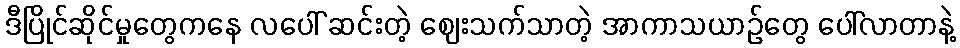
ဒီပြိုင်ဆိုင်မှုတွေကနေ လပေါ် ဆင်းတဲ့ ဈေးသက်သာတဲ့ အာကာသယာဉ်တွေ ပေါ်လာတာနဲ့